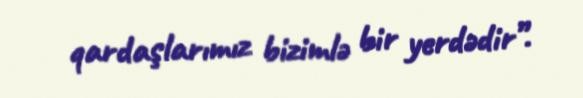
qardaşlarımız bizimlə bir yerdədir”.